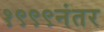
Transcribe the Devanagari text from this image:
१९९९नंतर